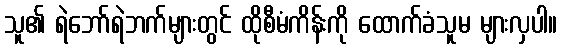
သူ၏ ရဲဘော်ရဲဘက်များတွင် ထိုစီမံကိန်းကို ထောက်ခံသူမ များလှပါ။